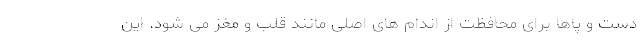
دست و پاها برای محافظت از اندام های اصلی مانند قلب و مغز می شود. این